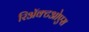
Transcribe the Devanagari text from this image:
रिअॅक्टओएस